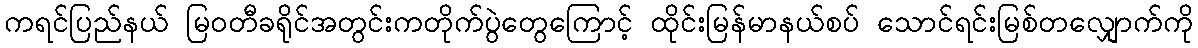
ကရင်ပြည်နယ် မြဝတီခရိုင်အတွင်းကတိုက်ပွဲတွေကြောင့် ထိုင်းမြန်မာနယ်စပ် သောင်ရင်းမြစ်တလျှောက်ကို